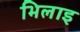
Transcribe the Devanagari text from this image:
भिलाइ